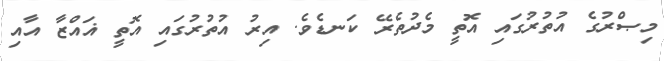
މިޞްރުގެ އުތުރުގައި އޮތީ މެދުތެރޭ ކަނޑެވެ. އިރު އުތުރުގައި އޮތީ ޣައްޒާ އާއި